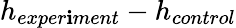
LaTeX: h_{exper\mathbf{i}ment}-h_{control}